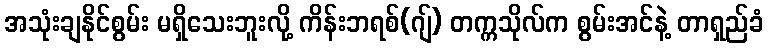
အသုံးချနိုင်စွမ်း မရှိသေးဘူးလို့ ကိန်းဘရစ်(ဂျ်) တက္ကသိုလ်က စွမ်းအင်နဲ့ တာရှည်ခံ